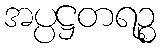
အပ္ပဋ္ဌတရဉ္စ